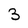
Character: 3